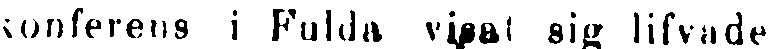
konferens i Fulda visat sig lifvade